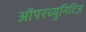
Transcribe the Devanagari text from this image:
ऑपरच्युनिटिज़